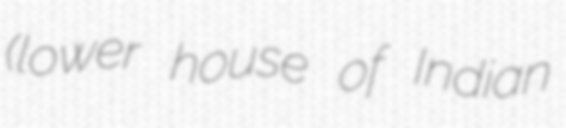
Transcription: (lower house of Indian